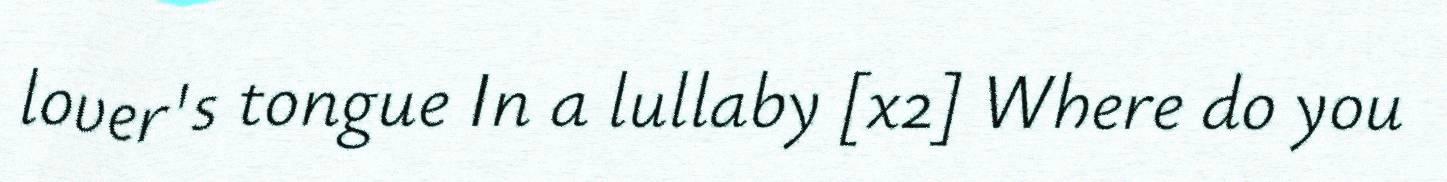
lover's tongue In a lullaby [x2] Where do you